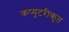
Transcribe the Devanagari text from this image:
कप्यूटरीकृत